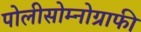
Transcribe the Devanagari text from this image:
पोलीसोम्नोग्राफी